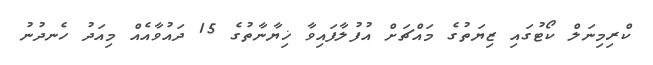
ކްރިމިނަލް ކޯޓުގައި ޒިޔަތުގެ މައްޗަށް އުފުލާފައިވާ ޚިޔާނާތުގެ 15 ދައުވާއެއްް މިއަދު ހެނދުނު